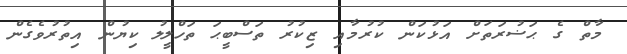
މާތް ގެ ޙަޟުރަތަށް އަޅުކަން ކުރުމާއި ޒިކުރު ތަސްބީޙަ ތަހްލީލު ކިޔުން އިތުރުވެގެން